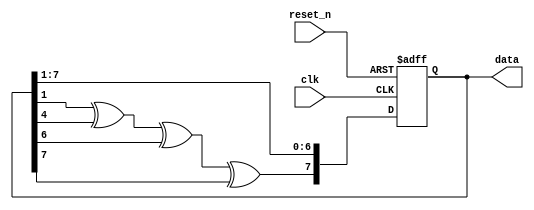
module lfsr_8bit (
    input wire clk,
    input wire reset_n,
    output wire [7:0] data
);

// Set the initial state
reg [7:0] lfsr_state = 8'b10001010;

// The taps are at locations 1, 4, 6, and 7.
wire tap1 = lfsr_state[1];
wire tap4 = lfsr_state[4];
wire tap6 = lfsr_state[6];
wire tap7 = lfsr_state[7];

// XOR the taps
wire feedback = tap1 ^ tap4 ^ tap6 ^ tap7;

always @(posedge clk or negedge reset_n) begin
    if (~reset_n) begin
        // Active-low reset, set the LFSR state to the initial value
        lfsr_state <= 8'b10001010;
    end else begin
        // Shift right and apply feedback to the most significant bit
        lfsr_state <= {feedback, lfsr_state[7:1]};
    end
end

// Assign the LFSR state to the output data
assign data = lfsr_state;

endmodule